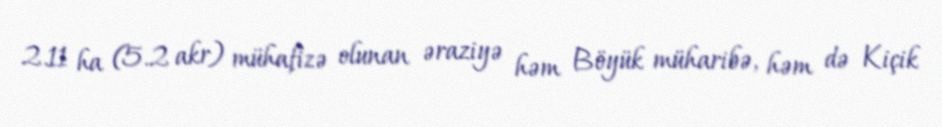
2.11 ha (5.2 akr) mühafizə olunan əraziyə həm Böyük müharibə, həm də Kiçik